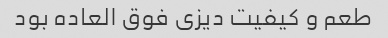
طعم و کیفیت دیزی فوق العاده بود